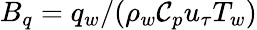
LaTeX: B_{q}=q_{w}/(\rho_{w}\mathcal{C}_{p}u_{\tau}T_{w})